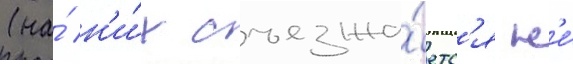
(на́ н'и́х съезжа́етс'я н'е́